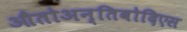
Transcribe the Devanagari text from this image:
औतोअन्तिबोदिएस